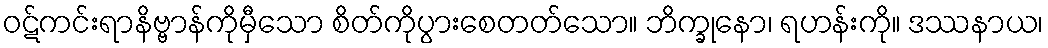
ဝဋ်ကင်းရာနိဗ္ဗာန်ကိုမှီသော စိတ်ကိုပွားစေတတ်သော။ ဘိက္ခုနော၊ ရဟန်းကို။ ဒဿနာယ၊